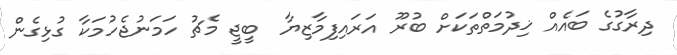
ދިރާގުގެ ބައެއް ޚިދުމަތްތަކަށް ބުރޫ އަރައިފިމާޒިޔާ  ބީޖީ މެޗު ހަމަނުޖެހުމަކާ ގުޅިގެން